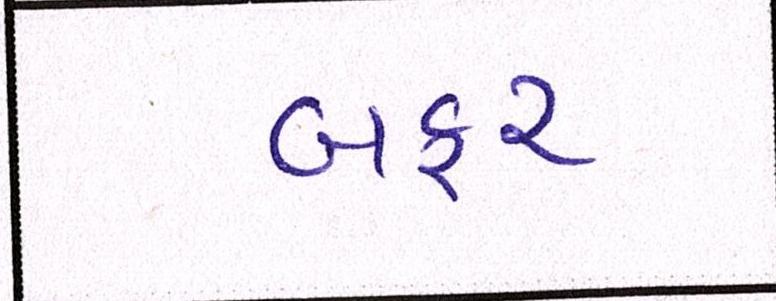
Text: બફર